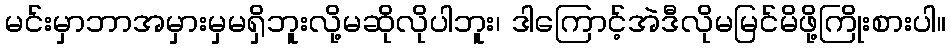
မင်းမှာဘာအမှားမှမရှိဘူးလို့မဆိုလိုပါဘူး၊ ဒါကြောင့်အဲဒီလိုမမြင်မိဖို့ကြိုးစားပါ။